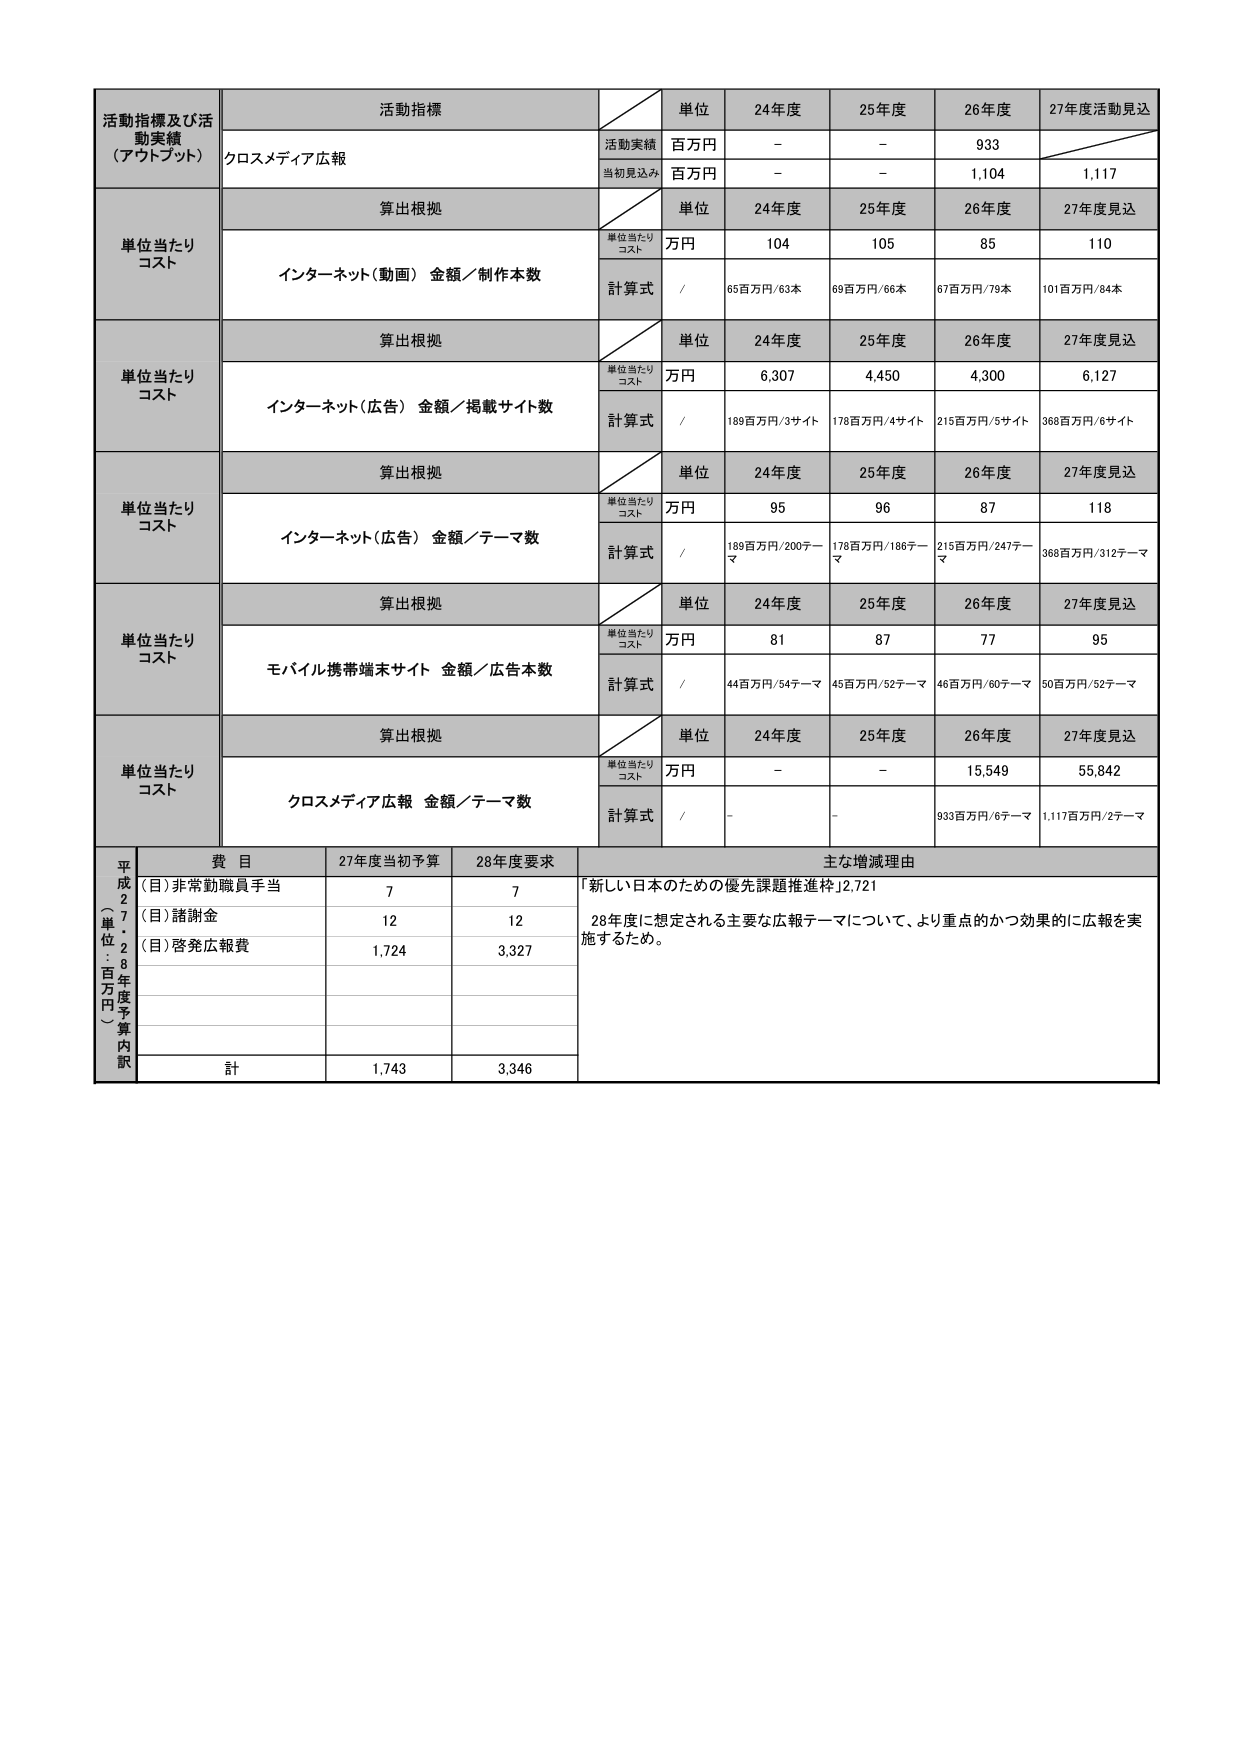
活動指標及び活動実績（アウトプット）　活動指標　単位　24年度　25年度　26年度　27年度活動見込　クロスメディア広報　活動実績　百万円　－　－　933　　当初見込み　百万円　－　－　1,104　1,117　単位当たりコスト　算出根拠　単位　24年度　25年度　26年度　27年度見込　インターネット（動画） 金額／制作本数　単位当たりコスト　万円　104　105　85　110　計算式　／　65百万円/63本　69百万円/66本　67百万円/79本　101百万円/84本　単位当たりコスト　算出根拠　単位　24年度　25年度　26年度　27年度見込　インターネット（広告） 金額／掲載サイト数　単位当たりコスト　万円　6,307　4,450　4,300　6,127　計算式　／　189百万円/3サイト　178百万円/4サイト　215百万円/5サイト　368百万円/6サイト　単位当たりコスト　算出根拠　単位　24年度　25年度　26年度　27年度見込　インターネット（広告） 金額／テーマ数　単位当たりコスト　万円　95　96　87　118　計算式　／　189百万円/200テーマ　178百万円/186テーマ　215百万円/247テーマ　368百万円/312テーマ　単位当たりコスト　算出根拠　単位　24年度　25年度　26年度　27年度見込　モバイル携帯端末サイト 金額／広告本数　単位当たりコスト　万円　81　87　77　95　計算式　／　44百万円/54テーマ　45百万円/52テーマ　46百万円/60テーマ　50百万円/52テーマ　単位当たりコスト　算出根拠　単位　24年度　25年度　26年度　27年度見込　クロスメディア広報 金額／テーマ数　単位当たりコスト　万円　－　－　15,549　55,842　計算式　／　－　－　933百万円/6テーマ　1,117百万円/2テーマ　平成27年度（単位：百万円）予算内訳　費目　27年度当初予算　28年度要求　主な増減理由　（目）非常勤職員手当　7　7　「新しい日本のための優先課題推進枠」2,721　28年度に想定される主要な広報テーマについて、より重点的かつ効果的に広報を実施するため。　（目）諸謝金　12　12　　（目）啓発広報費　1,724　3,327　　計　1,743　3,346